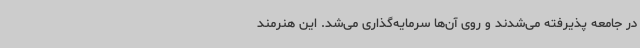
در جامعه پذیرفته می‌شدند و روی آن‌ها سرمایه‌گذاری می‌شد. این هنرمند